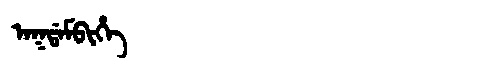
Manchu: ᠠᡴᡩᠠᠮᠪᡳᡥᡝ
Romanization: AKDAMBIHE